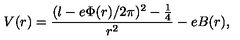
V ( r ) = \frac { ( l - e \Phi ( r ) / 2 \pi ) ^ { 2 } - \frac { 1 } { 4 } } { r ^ { 2 } } - e B ( r ) ,